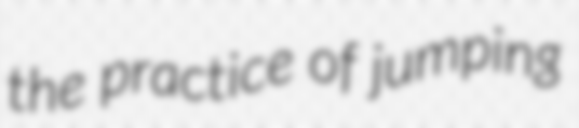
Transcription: the practice of jumping